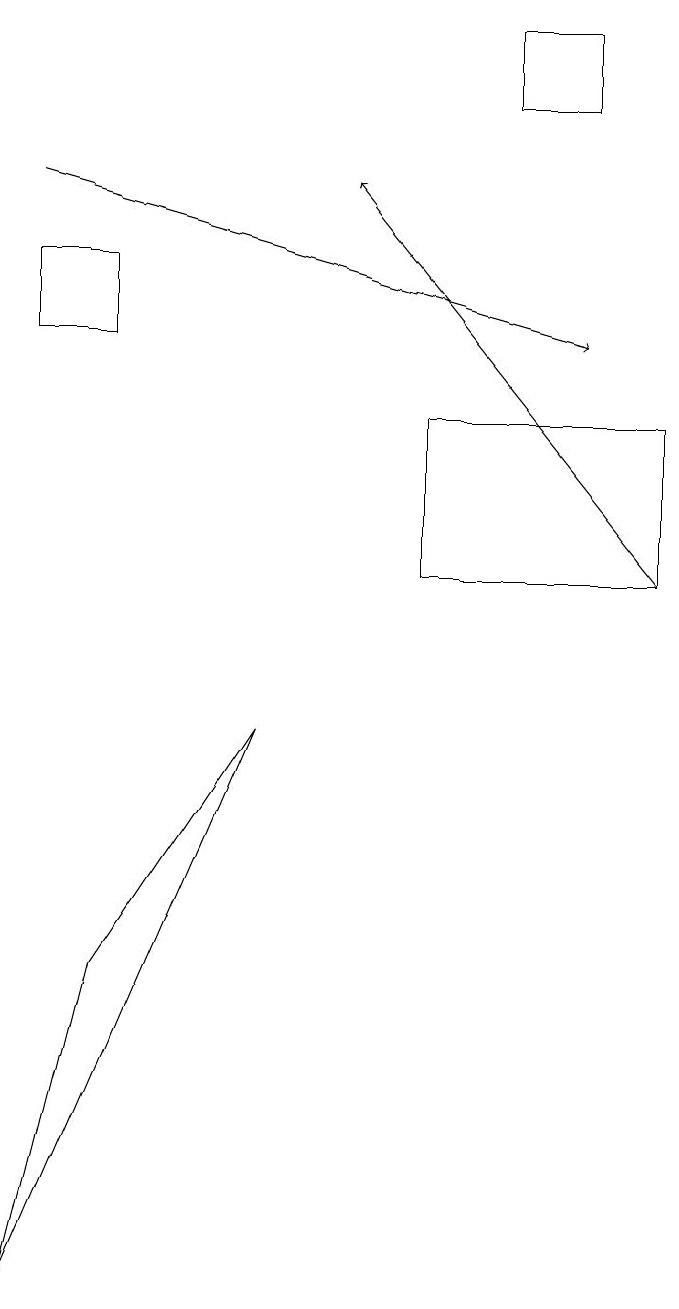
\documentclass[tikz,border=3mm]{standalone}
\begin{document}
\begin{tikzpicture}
\draw (0,1) -- (3,8) -- (1,5) -- cycle;
\draw (7,17) rectangle (6,16);
\draw[->] (0,15) -- (7,13);
\draw (1,14) rectangle (0,13);
\draw (8,12) rectangle (5,10);
\draw[->] (8,10) -- (4,15);
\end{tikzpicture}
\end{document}